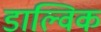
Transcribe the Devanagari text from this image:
डाल्विक